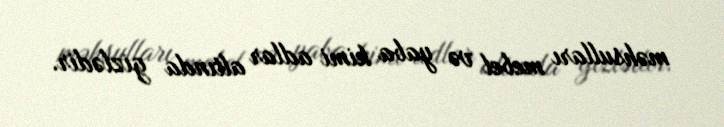
məhsulları mebel və yaba kimi adlar altında gizlədir.